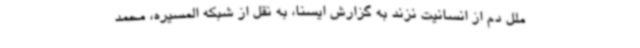
ملل دم از انسانیت نزند به گزارش ایسنا، به نقل از شبکه المسیره، محمد